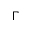
\Gamma